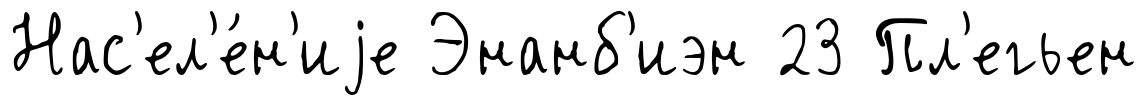
Нас'ел'е́н'иjе Энанб'иэн 23 Пл'егьен